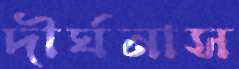
দীর্ঘনাস